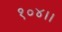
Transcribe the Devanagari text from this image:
१०४।।